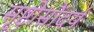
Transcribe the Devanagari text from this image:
सृष्टीसौंदर्य